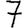
Digit: 7